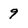
Character: 9